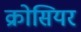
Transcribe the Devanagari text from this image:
क्रोसियर